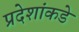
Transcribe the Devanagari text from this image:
प्रदेशांकडे